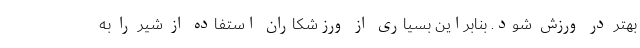
بهتر در ورزش شود. بنابراین بسیاری از ورزشکاران استفاده از شیر را به